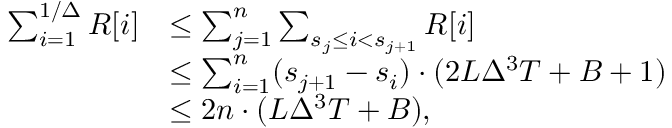
\begin{array} { r l } { \textstyle \sum _ { i = 1 } ^ { 1 / \Delta } R [ i ] } & { \textstyle \le \sum _ { j = 1 } ^ { n } \sum _ { s _ { j } \le i < s _ { j + 1 } } R [ i ] } \\ & { \textstyle \le \sum _ { i = 1 } ^ { n } ( s _ { j + 1 } - s _ { i } ) \cdot ( 2 L \Delta ^ { 3 } T + B + 1 ) } \\ & { \textstyle \le 2 n \cdot ( L \Delta ^ { 3 } T + B ) , } \end{array}